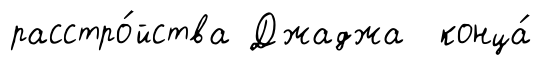
расстро́йства Джаджа конца́